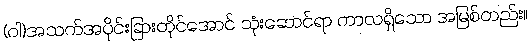
(ဝါ)အသက်အပိုင်းခြားတိုင်အောင် သုံးဆောင်ရာ ကာလရှိသော အမြစ်တည်း။